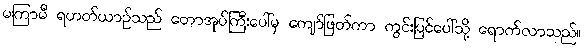
မကြာမီ ရဟတ်ယာဉ်သည် တောအုပ်ကြီးပေါ်မှ ကျော်ဖြတ်ကာ ကွင်းပြင်ပေါ်သို့ ရောက်လာသည်။